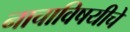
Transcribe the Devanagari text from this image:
नाचाविषयीचे